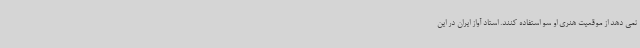
نمی دهد از موقعیت هنری او سو استفاده کنند. استاد آواز ایران در این